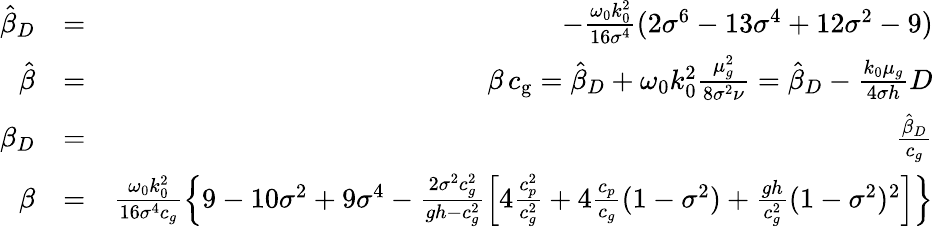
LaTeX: \begin{array}{rlr}{\hat{\beta}_{D}}&{=}&{-\frac{\omega_{0}k_{0}^{2}}{16\sigma^{4}}(2\sigma^{6}-13\sigma^{4}+12\sigma^{2}-9)}\\ {\hat{\beta}}&{=}&{\beta\, {c_{\mathrm{g}}}=\hat{\beta}_{D}+\omega_{0}k_{0}^{2}\frac{\mu_{g}^{2}}{8\sigma^{2}\nu}=\hat{\beta}_{D}-\frac{k_{0}\mu_{g}}{4\sigma h}D}\\ {\beta_{D}}&{=}&{\frac{\hat{\beta}_{D}}{c_{g}}}\\ {\beta}&{=}&{\frac{\omega_{0}k_{0}^{2}}{16\sigma^{4}c_{g}}\left\{ 9-10\sigma^{2}+9\sigma^{4}-\frac{2\sigma^{2}c_{g}^{2}}{gh-c_{g}^{2}}\left[4\frac{c_{p}^{2}}{c_{g}^{2}}+4\frac{c_{p}}{c_{g}}(1-\sigma^{2})+\frac{gh}{c_{g}^{2}}(1-\sigma^{2})^{2}\right]\right\} }\end{array}